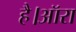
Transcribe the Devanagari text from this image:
है।ऑरा